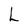
Character: L